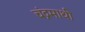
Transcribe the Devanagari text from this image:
चंद्रमाथी